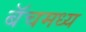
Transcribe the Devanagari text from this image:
बॅचमध्य